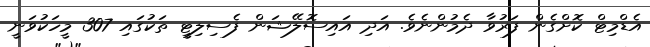
އެޑްމިޓް ކޮށްގެން ފަރުވާ ދެމުންނެވެ. އަދި އައިސޮލޭޝަން ފެސިލިޓީ ތަކުގައި 307 މީހަކުވަނީ